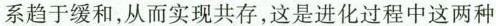
系趋于缓和，从而实现共存，这是进化过程中这两种